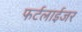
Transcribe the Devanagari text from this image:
फर्टलाईजर